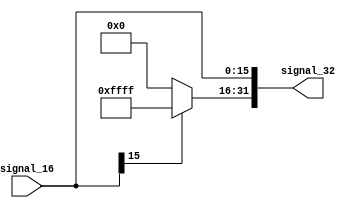
module SignExtend( input [15:0] signal_16, output reg [31:0]  signal_32);

	always @(signal_16)
	begin
		if(signal_16[15]==1) 
				signal_32[31:16]=16'b1111111111111111;
		else 
				signal_32[31:16]=16'b0000000000000000;
				
		signal_32[15:0]=signal_16[15:0];
	end
endmodule